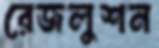
রেজলুশন